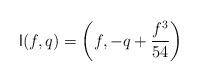
LaTeX: \begin{align*} {\sf l}(f,q)= \left(f, -q + \frac{f^3}{54}\right) \end{align*}